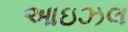
આઇઝલ